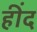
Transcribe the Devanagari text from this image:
हींद